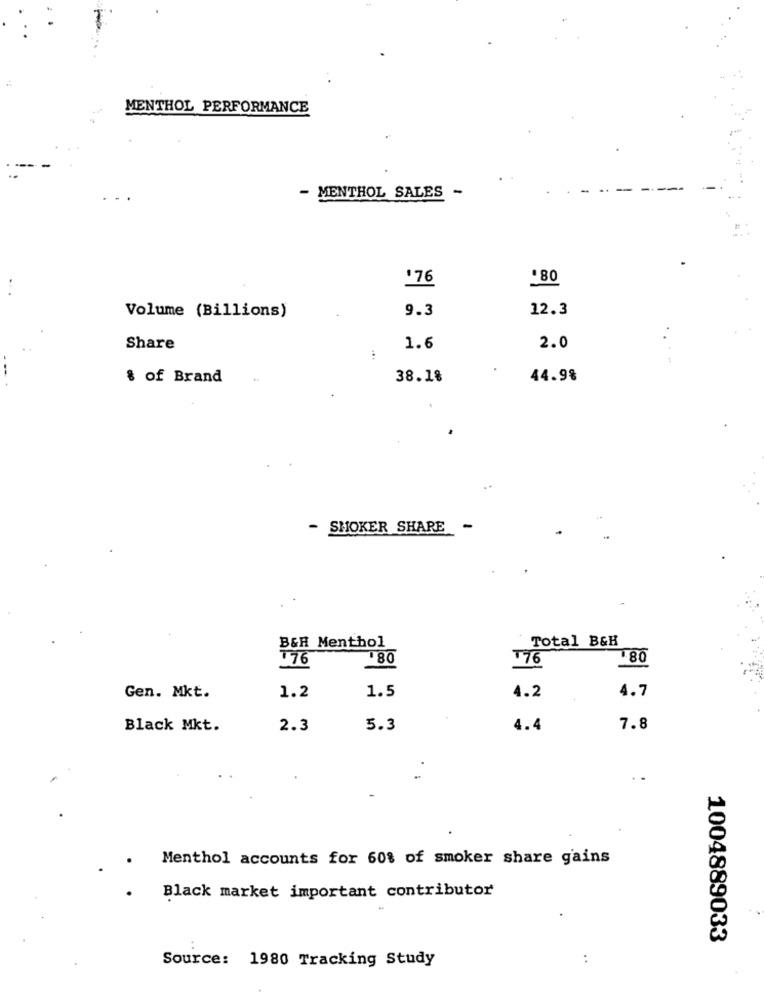
MENTHOL PERFORMANCE
- MENTHOL SALES -
.76
'80
9.3
12.3
Volume (Billions)
Share
1.6
2.0
& of Brand
38.1%
44.98
- SMOKER SHARE
-
Total B&H
B&H Menthol
176
180
T76
80
4.2
4.7
Gen. Mkt.
1.2
1.5
Black Mkt.
2.3
5.3
4.4
7.8
..
Menthol accounts for 60% of smoker share gains
Black market important contributor
1004889033
Source: 1980 Tracking Study
..